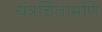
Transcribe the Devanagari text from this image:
यंत्रचिंतामणि